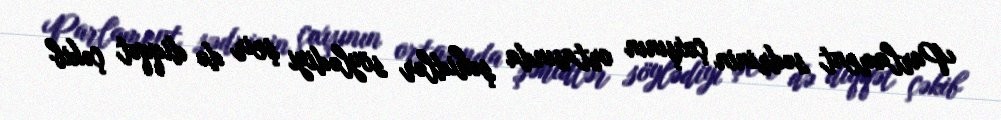
Parlament sədrinin çıxışının ortasında şəhidlər söylədiyi şeir də diqqət çəkib